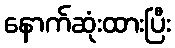
နောက်ဆုံးထားပြီး